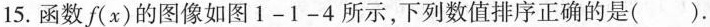
15. 函数f(x)的图像如图 1-1-4 所示, 下列数值排序正确的是( ).